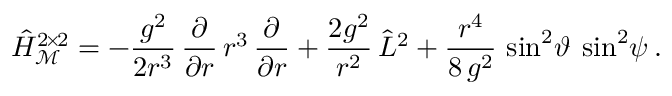
\hat { H } _ { \mathcal M } ^ { 2 \! \times \! 2 } = - \frac { g ^ { 2 } } { 2 r ^ { 3 } } \, \frac { \partial } { \partial r } \, r ^ { 3 } \, \frac { \partial } { \partial r } + \frac { 2 g ^ { 2 } } { r ^ { 2 } } \, \hat { L } ^ { 2 } + \frac { r ^ { 4 } } { 8 \, g ^ { 2 } } \, \sin ^ { 2 } \! \vartheta \: \sin ^ { 2 } \! \psi \: .